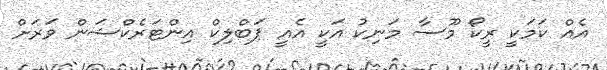
އެއް ކަމަކީ ރީކޯ މޫސާ މަނިކު އަކީ އެއީ ޕަބްލިކް އިންޓަރެކްޝަން ވަރަށް